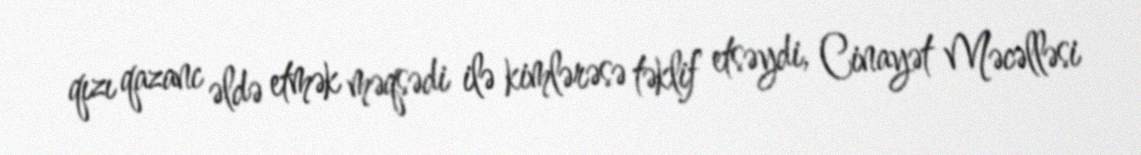
qızı qazanc əldə etmək məqsədi ilə kimlərəsə təklif etsəydi, Cinayət Məcəlləsi